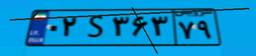
۰۲S۳۶۳۷۹